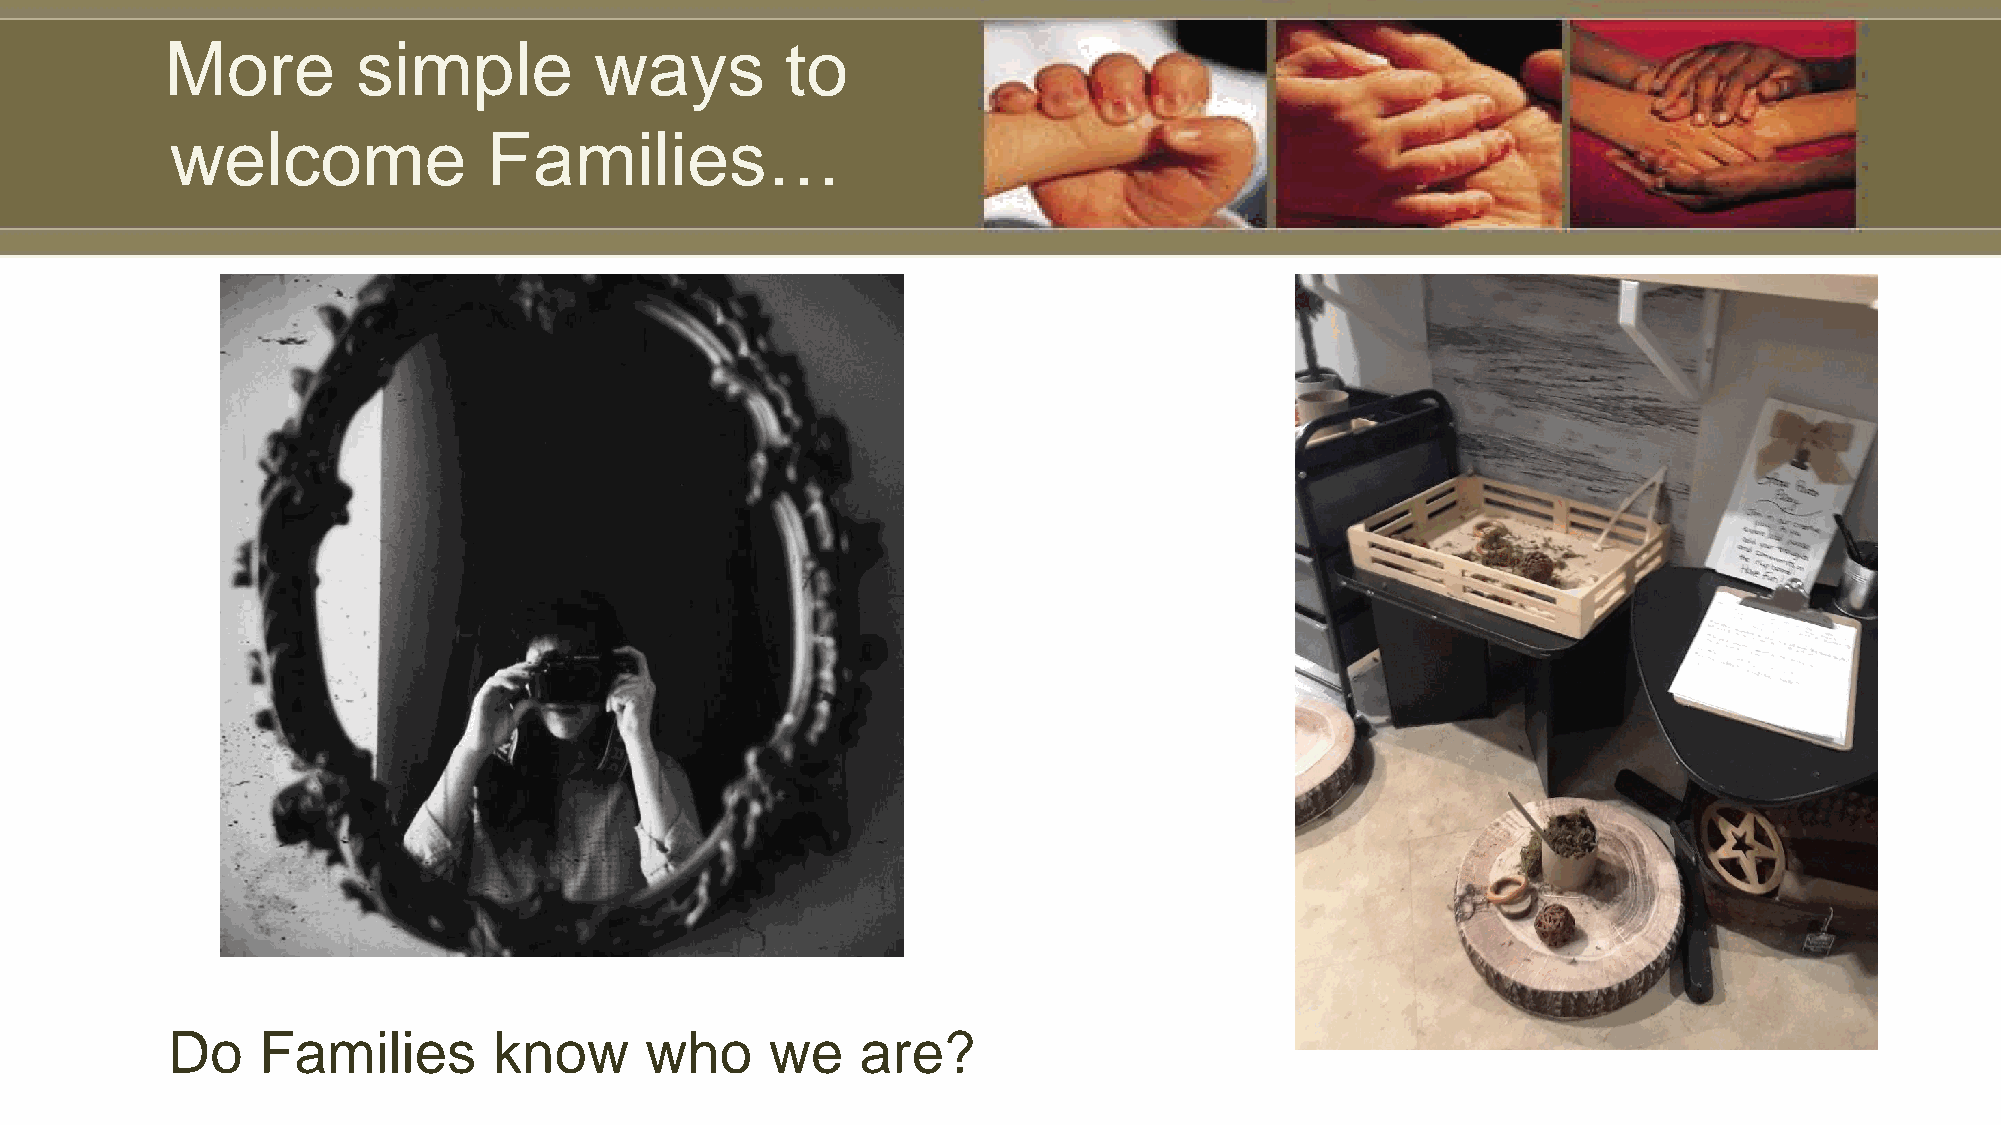
More         simple         ways         to
 welcome              Families…
 Do    Families        know      who     we    are?